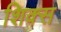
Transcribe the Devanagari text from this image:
शिक्स